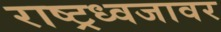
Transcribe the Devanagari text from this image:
राष्ट्रध्वजावर